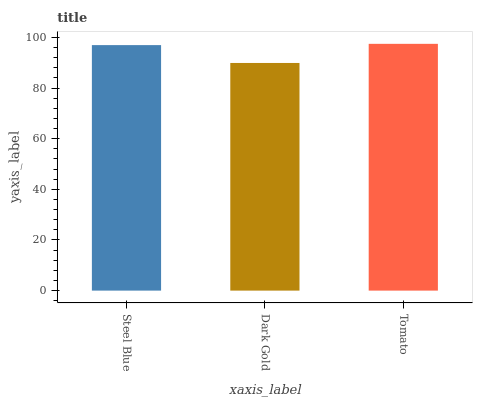
| xaxis_label | bars |
 | --- | --- |
 | Steel Blue | 96.9 |
 | Dark Gold | 89.9 |
 | Tomato | 97.4 |